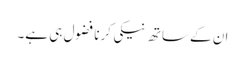
ان کے ساتھ نیکی کرنا فضول ہی ہے۔